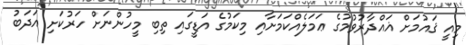
މިއީ ޤައުމަށް ޣައްދާރުވުމުގެ ޢަމަލެއްކަމަށާއި މިކަމުގެ އަޑީގައި ތިބި މީހުންނަށް ހަރުކަށި އަދަބު